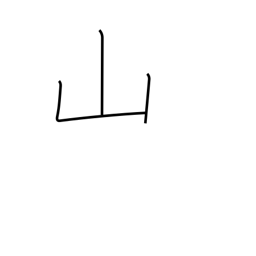
Meaning: mountain